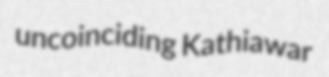
uncoinciding Kathiawar